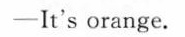
-It's orange.